Development of the parasite of Indian kala azar - Number 53
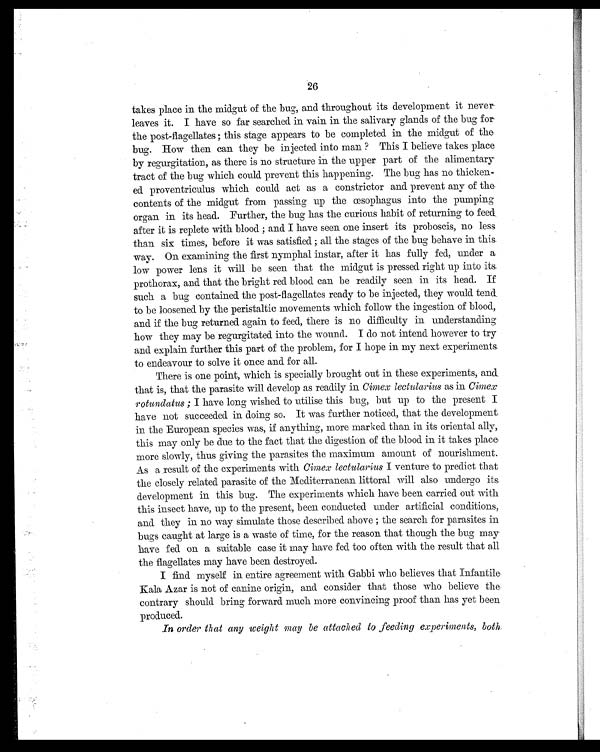
26
takes place in the midgut of the bug, and throughout its development it never
leaves it. I have so far searched in vain in the salivary glands of the bug for
the post-flagellates ; this stage appears to be completed in the midgut of the-
bug. How then can they be injected into man ? This I believe takes place
by regurgitation, as there is no structure in the upper part of the alimentary
tract of the bug which could prevent this happening. The bug has no thicken-
ed proventriculus which could act as a constrictor and prevent any of the-
contents of the midgut from passing up the œsophagus into the pumping
organ in its head. Further, the bug has the curious habit of returning to feed
after it is replete with blood ; and I have seen one insert its proboscis, no less
than six times, before it was satisfied ; all the stages of the bug behave in this.
way. On examining the first nymphal instar, after it has fully fed, under a
low power lens it will be seen that the midgut is pressed right up into its
prothorax, and that the bright red blood can be readily seen in its head. If
such a bug contained the post-flagellates ready to be injected, they would tend.
to be loosened by the peristaltic movements which follow the ingestion of blood,
and if the bug returned again to feed, there is no difficulty in understanding
how they may be regurgitated into the wound. I do not intend however to try
and explain further this part of the problem, for I hope in my next experiments.
to endeavour to solve it once and for all.
There is one point, which is specially brought out in these experiments, and.
that is, that the parasite will develop as readily in Cimex lectularius as in Cimex
rotundatus ; I have long wished to utilise this bug, but up to the present I
have not succeeded in doing so. It was further noticed, that the development
in the European species was, if anything, more marked than in its oriental ally,
this may only be due to the fact that the digestion of the blood in it takes place
more slowly, thus giving the parasites the maximum amount of nourishment.
As a result of the experiments with Cimex lectularius I venture to predict that
the closely related parasite of the Mediterranean littoral will also undergo its.
development in this bug. The experiments which have been carried out with
this insect have, up to the present, been conducted under artificial conditions,
and they in no way simulate those described above ; the search for parasites in
bugs caught at large is a waste of time, for the reason that though the bug may
have fed on a suitable case it may have fed too often with the result that all
the flagellates may have been destroyed.
I find myself in entire agreement with Gabbi who believes that Infantile
Kala Azar is not of canine origin, and consider that those who believe the
contrary should bring forward much more convincing proof than has yet been
produced.
In order that any weight may be attached to feeding experiments, both